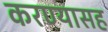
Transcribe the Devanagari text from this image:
करण्यासह